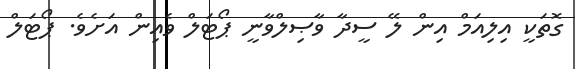
ގޮތަކީ އިލިއަމް އިން ލޭ ސީދާ ވާޞިލްވާނީ ޕޯޓަލް ވެއިން އަށެވެ. ޕޯޓަލް